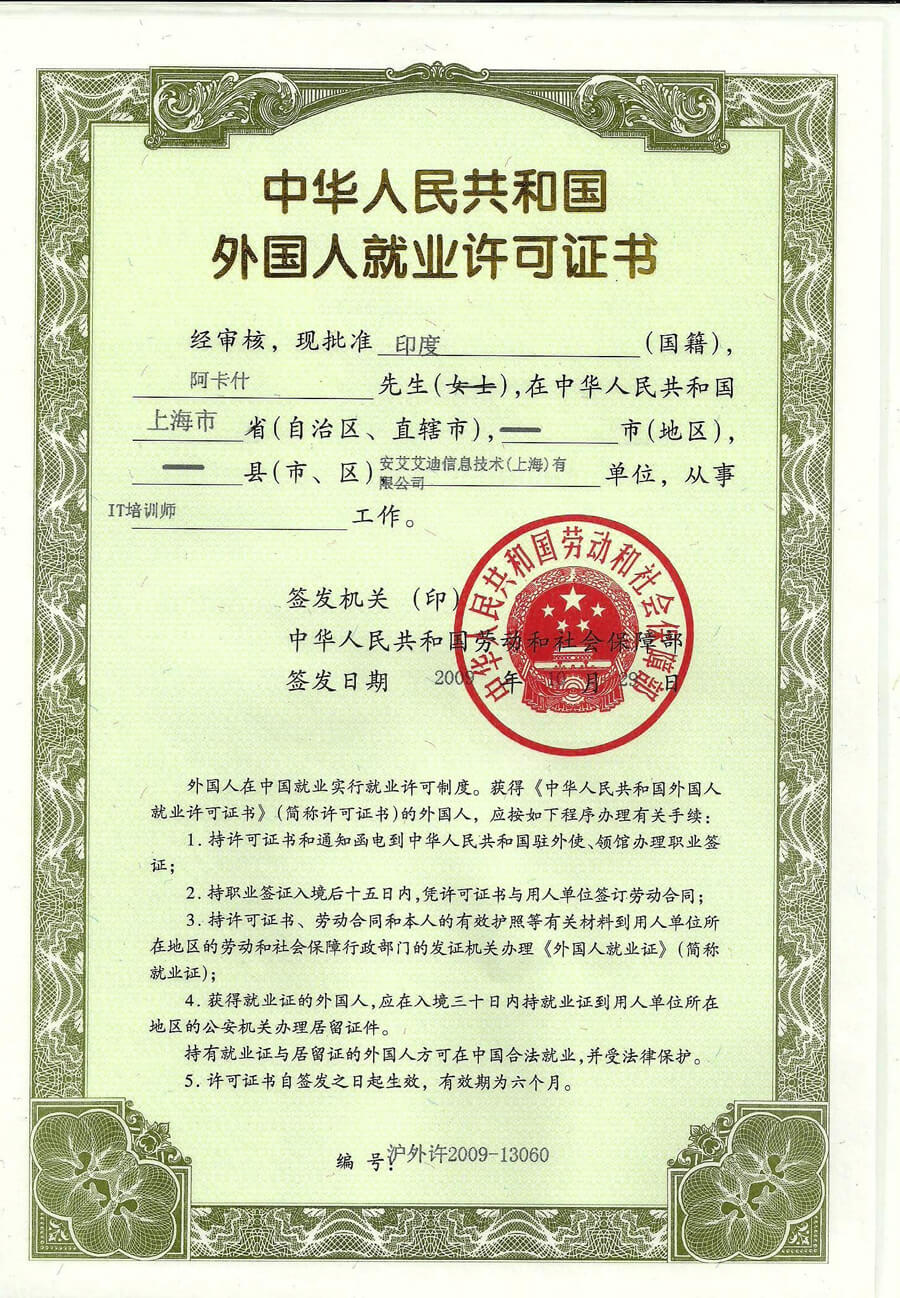
Language: zh